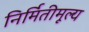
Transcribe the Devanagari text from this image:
निर्मितीमूल्य